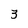
Character: 3